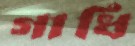
গাধি